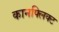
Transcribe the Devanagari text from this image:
कानफ्लिक्ट